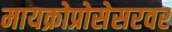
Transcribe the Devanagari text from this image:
मायक्रोप्रोसेसरवर